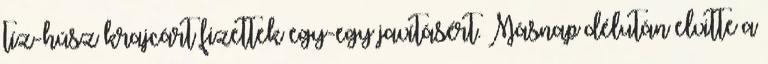
tíz-húsz krajcárt fizettek egy-egy javításért. Másnap délután elvitte a